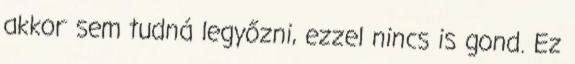
akkor sem tudná legyőzni, ezzel nincs is gond. Ez